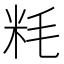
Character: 粍